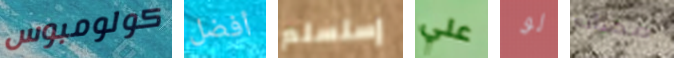
كولومبوس أفضل إستسلم علي لو مصانع